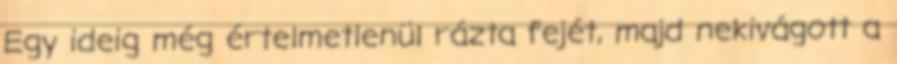
Egy ideig még értelmetlenül rázta fejét, majd nekivágott a